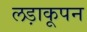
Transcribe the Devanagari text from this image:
लड़ाकूपन